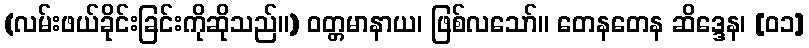
(လမ်းဖယ်ခိုင်းခြင်းကိုဆိုသည်။) ဝတ္တမာနာယ၊ ဖြစ်လသော်။ တေနတေန ဆိဒ္ဒေန၊ [၀၁]